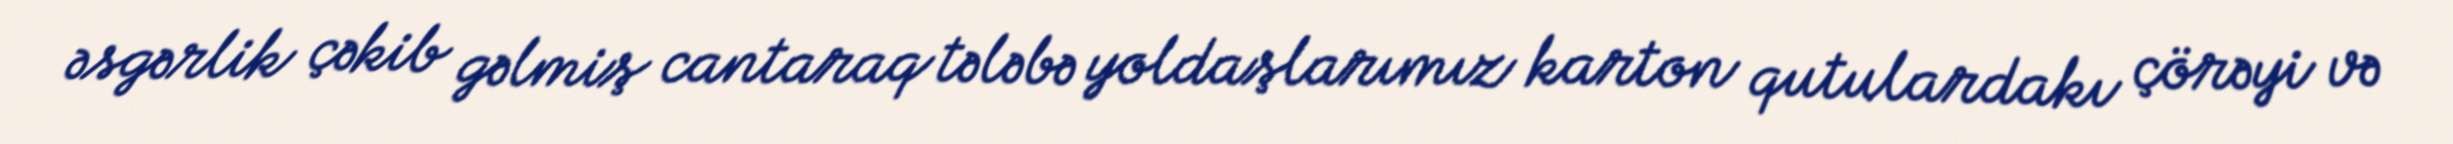
əsgərlik çəkib gəlmiş cantaraq tələbə yoldaşlarımız karton qutulardakı çörəyi və